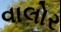
વાલોર